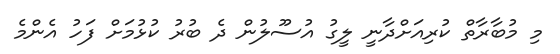
މި މުބާރާތް ކުރިއަށްދާނީ ލީގު އުސޫލުން ދެ ބުރު ކުޅުމަށް ފަހު އެންމެ